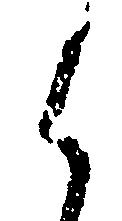
く